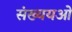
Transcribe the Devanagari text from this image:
संख्ययओं